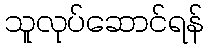
သူလုပ်ဆောင်ရန်